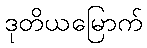
ဒုတိယမြောက်